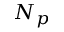
N _ { p }